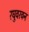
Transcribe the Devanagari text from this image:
रघुवरवन